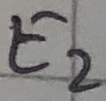
Text: E2